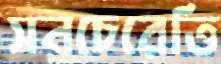
সনচেরেত্তি